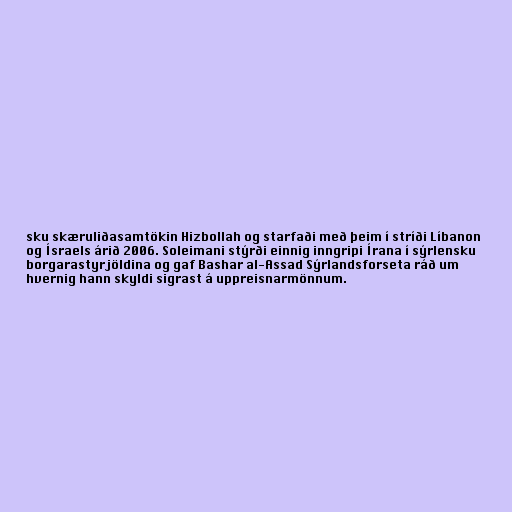
sku skæruliðasamtökin Hizbollah og starfaði með þeim í stríði Líbanon
og Ísraels árið 2006. Soleimani stýrði einnig inngripi Írana í sýrlensku
borgarastyrjöldina og gaf Bashar al-Assad Sýrlandsforseta ráð um
hvernig hann skyldi sigrast á uppreisnarmönnum.